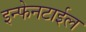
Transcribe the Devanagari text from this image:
इन्फेनटाईल